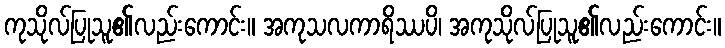
ကုသိုလ်ပြုသူ၏လည်းကောင်း။ အကုသလကာရိဿပိ၊ အကုသိုလ်ပြုသူ၏လည်းကောင်း။